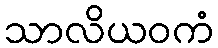
သာလိယဝကံ